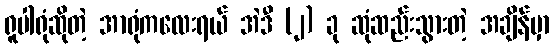
ရူပါရုံဆိုတဲ့ အာရုံကလေးရယ် အဲဒီ (၂) ခု ဆုံဆည်းသွားတဲ့ အချိန်မှာ